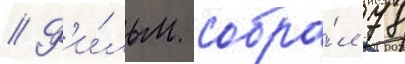
// Ф'и́льм собра́л 78